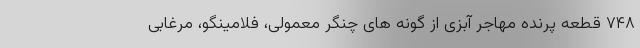
۷۴۸ قطعه پرنده مهاجر آبزی از گونه های چنگر معمولی، فلامینگو، مرغابی